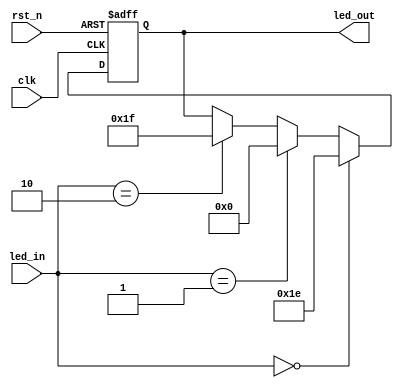
module Led_Module (
	input clk,
	input rst_n,
	input [1:0] led_in,
	output reg [4:0] led_out
);

	always @(posedge clk or negedge rst_n) begin
		if(~rst_n) begin
			led_out <= 5'b1111_0;
		end else if(led_in == 2'd0) begin
			led_out <= 5'b1111_0;
		end else if(led_in == 2'd1) begin
			led_out <= 5'b0000_0;
		end else if(led_in == 2'd2) begin
			led_out <= 5'b1111_1;
		end else begin
			led_out <= led_out;
		end
	end

endmodule